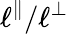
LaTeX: \ell^{\parallel}/\ell^{\perp}